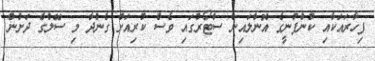
ފިހާރައަކާއި ކުންފުނީގެ އޮންލައިން ސްޓޯރުގައި ވެސް ކުރިއަށް ގެންދާ މި ސޭލްގެ ދަށުން